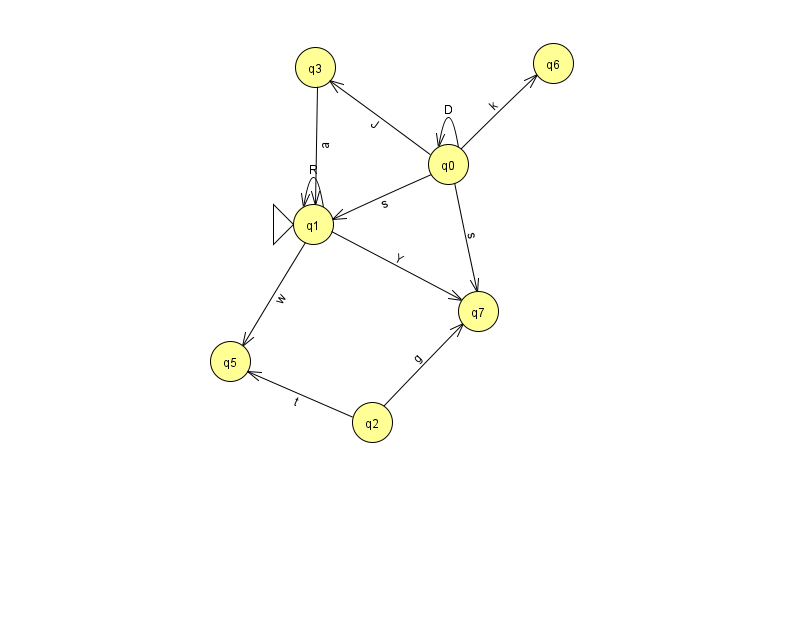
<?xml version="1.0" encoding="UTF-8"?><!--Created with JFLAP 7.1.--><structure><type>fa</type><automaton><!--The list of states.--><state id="0" name="q0"><x>448.0</x><y>151.0</y></state><state id="1" name="q1"><x>313.0</x><y>211.0</y><initial/></state><state id="2" name="q2"><x>372.0</x><y>409.0</y></state><state id="3" name="q3"><x>315.0</x><y>54.0</y></state><state id="5" name="q5"><x>230.0</x><y>348.0</y></state><state id="6" name="q6"><x>553.0</x><y>50.0</y></state><state id="7" name="q7"><x>478.0</x><y>298.0</y></state><!--The list of transitions.--><transition><from>1</from><to>5</to><read>w</read></transition><transition><from>1</from><to>1</to><read>R</read></transition><transition><from>0</from><to>0</to><read>D</read></transition><transition><from>2</from><to>5</to><read>t</read></transition><transition><from>2</from><to>7</to><read>g</read></transition><transition><from>0</from><to>6</to><read>k</read></transition><transition><from>0</from><to>3</to><read>J</read></transition><transition><from>0</from><to>7</to><read>s</read></transition><transition><from>1</from><to>7</to><read>Y</read></transition><transition><from>0</from><to>1</to><read>s</read></transition><transition><from>3</from><to>1</to><read>a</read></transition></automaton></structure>